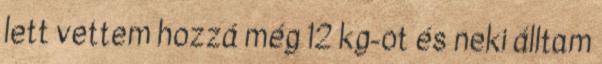
lett vettem hozzá még 12 kg-ot és neki álltam